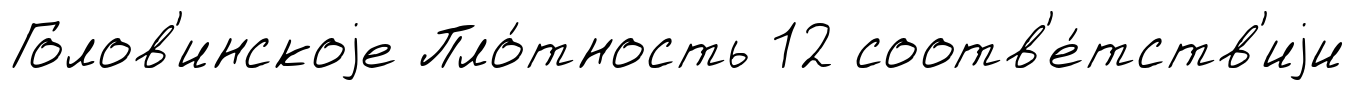
Голов'инскоjе Пло́тность 12 соотв'е́тств'иjи